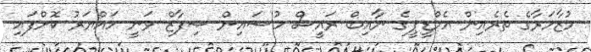
މުޒާހަރާގެ ތެރެއިން އެމްޑީޕީގެ ނާއިބް ރައީސް ހުސައިން ޝިފާޒް ވަނީ ހައްޔަރު ކޮށްފައި